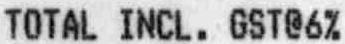
TOTAL INCL. GST@6%